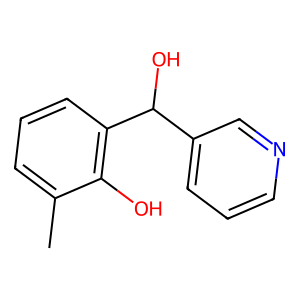
SMILES: Cc1cccc(C(O)c2cccnc2)c1O
Inhibits HIV replication: No